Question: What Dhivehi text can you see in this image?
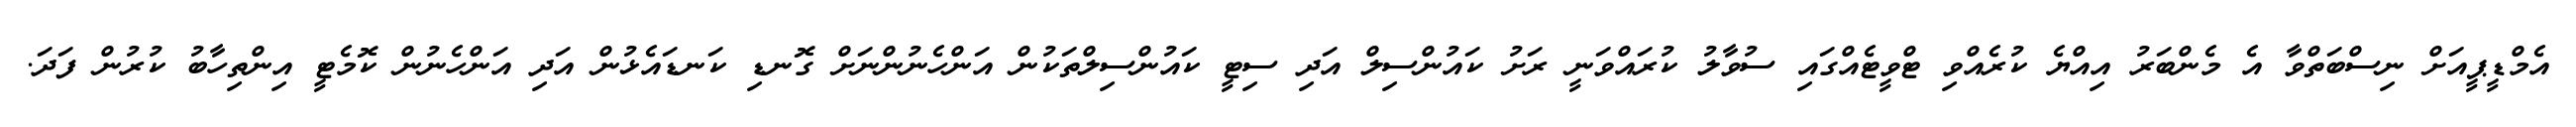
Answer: އެމްޑީޕީއަށް ނިސްބަތްވާ އެ މެންބަރު އިއްޔެ ކުރެއްވި ޓްވީޓެއްގައި ސުވާލު ކުރައްވަނީ ރަށު ކައުންސިލް އަދި ސިޓީ ކައުންސިލްތަކުން އަންހެނުންނަށް ގޮނޑި ކަނޑައެޅުން އަދި އަންހެނުން ކޮމެޓީ އިންތިހާބު ކުރުން ފަދަ.